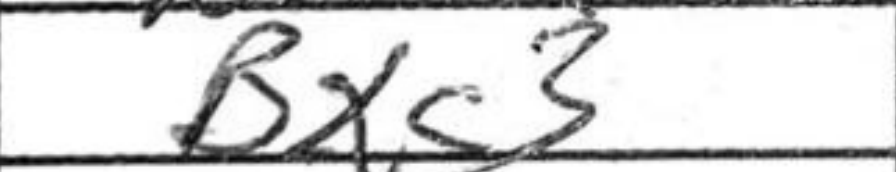
Transcription: Bxc3